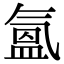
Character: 氳